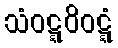
သံဝဋ္ဋဝိဝဋ္ဋံ